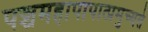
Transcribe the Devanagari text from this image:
पञ्चमहापापात्प्रमुच्यते